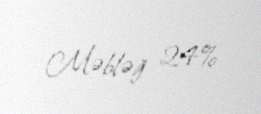
Məbləğ 24%